Civil Veterinary Dept. Bombay admin report 1932-41 - 1932-1941
Year: 1932
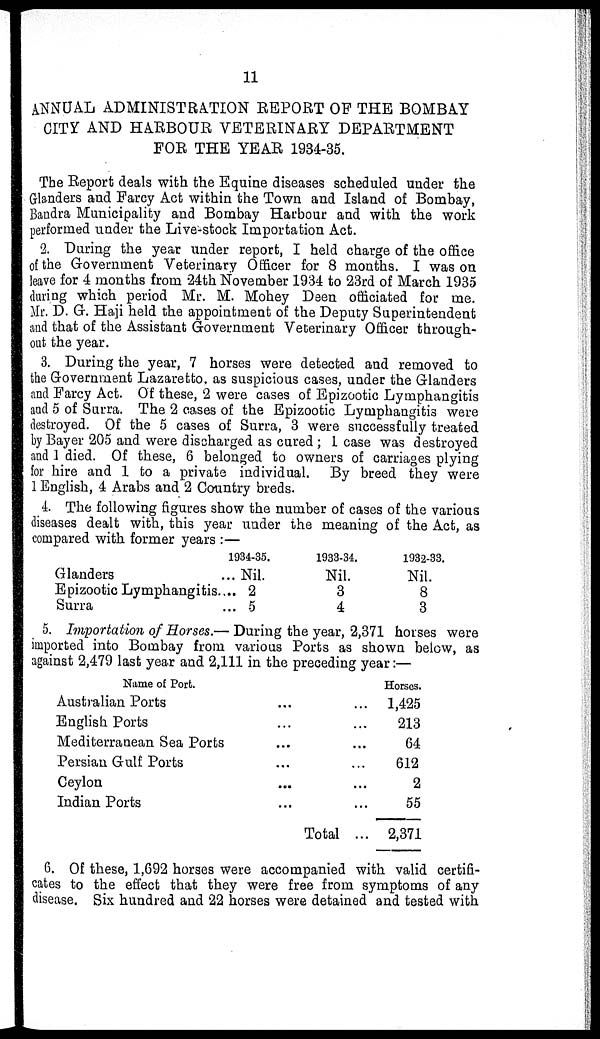
11
ANNUAL ADMINISTRATION REPORT OF THE BOMBAY
CITY AND HARBOUR VETERINARY DEPARTMENT
FOR THE YEAR 1934-35.
The Report deals with the Equine diseases scheduled under the
Glanders and Farcy Act within the Town and Island of Bombay,
Bandra Municipality and Bombay Harbour and with the work
performed under the Live-stock Importation Act.
2. During the year under report, I held charge of the office
of the Government Veterinary Officer for 8 months. I was on
leave for 4 months from 24th November 1934 to 23rd of March 1935
during which period Mr. M. Mohey Deen officiated for me.
Mr. D. G. Haji held the appointment of the Deputy Superintendent
and that of the Assistant Government Veterinary Officer through-
out the year.
3. During the year, 7 horses were detected and removed to
the Government Lazaretto, as suspicious cases, under the Glanders
and Farcy Act. Of these, 2 were cases of Epizootic Lymphangitis
and 5 of Surra. The 2 cases of the Epizootic Lymphangitis were
destroyed. Of the 5 cases of Surra, 3 were successfully treated
by Bayer 205 and were discharged as cured ; 1 case was destroyed
and 1 died. Of these, 6 belonged to owners of carriages plying
for hire and 1 to a private individual. By breed they were
1 English, 4 Arabs and 2 Country breds.
4. The following figures show the number of cases of the various
diseases dealt with, this year under the meaning of the Act, as
compared with former years :—
Glanders
...
Epizootic Lymphangitis....
Surra
...
1934-35.
Nil.
2
5
1933-34.
Nil.
3
4
1932-33.
Nil.
8
3
5. Importation of Horses.— During the year, 2,371 horses were
imported into Bombay from various Ports as shown below, as
against 2,479 last year and 2,111 in the preceding year:—
Name of Port.
Australian Ports
...
...
English Ports
... ...
Mediterranean Sea Ports
...
...
Persian Gulf Ports
...
...
Ceylon
...
...
Indian Ports
...
...
Total ...
Horses.
1,425
213
64
612
2
55
2,371
6. Of these, 1,692 horses were accompanied with valid certifi-
cates to the effect that they were free from symptoms of any
disease. Six hundred and 22 horses were detained and tested with